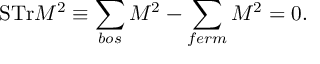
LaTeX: \mathrm { S T r } { \cal M } ^ { 2 } \equiv \sum _ { b o s } { \cal M } ^ { 2 } - \sum _ { f e r m } { \cal M } ^ { 2 } = 0 .